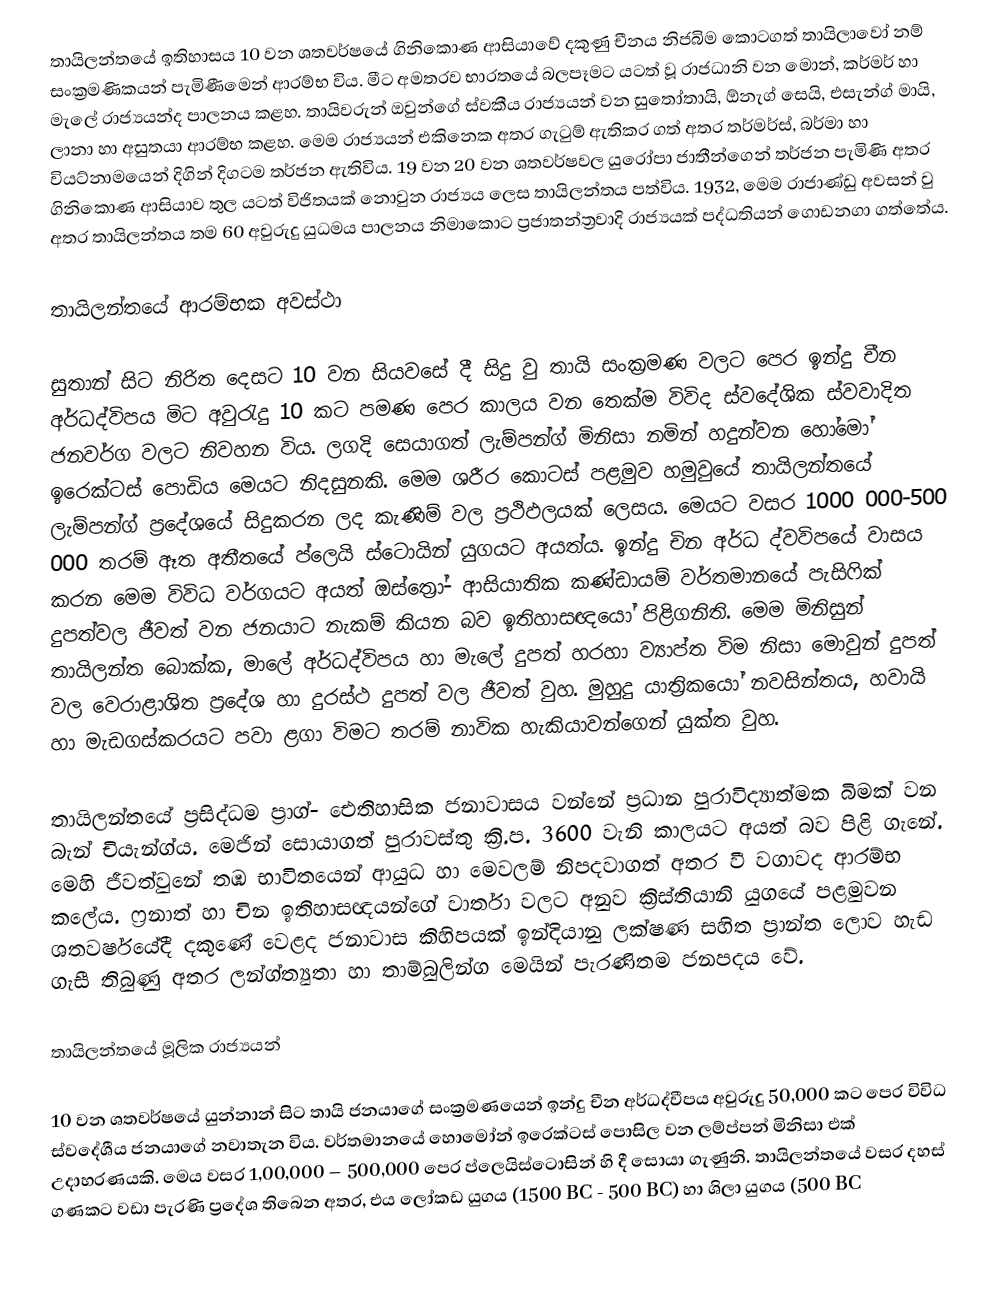
තායිලන්තයේ ඉතිහාසය 10 වන ශතවර්ෂයේ ගිනිකොණ ආසියාවේ දකුණු චීනය නිජබිම කොටගත් තායි‍ලාවෝ නම් සංක්‍රමණිකයන් පැමිණීමෙන් ආරම්භ විය. මීට අමතරව භාරතයේ බලපෑමට  යටත් වූ රාජධානි වන මොන්, කර්මර් හා මැලේ රාජ්‍යයන්ද පාලනය කළහ. තායිවරුන් ඔවුන්ගේ ස්වකීය රාජ්‍යයන් වන සුතෝතායි, ඕනැග් සෙයි, එසැන්ග් මායි, ලානා  හා අසුතයා ආරම්භ කළහ. මෙම රාජ්‍යයන් එකිනෙක අතර ගැටුම් ඇතිකර ගත් අතර තර්මර්ස්, බර්මා හා වියට්නාමයෙන් දිගින් දිගටම තර්ජන ඇතිවිය. 19 වන 20 වන ශතවර්ෂවල යුරෝපා ජාතීන්ගෙන් තර්ජන පැමිණි අතර ගිනිකොණ ආසියාව තුල යටත් විජිතයක්  නොවුන රාජ්‍යය ලෙස තායිලන්තය පත්විය. 1932, මෙම රාජාණ්ඩු අවසන් වු අතර තායිලන්තය තම 60 අවුරුදු යුධමය පාලනය නිමාකොට ප්‍රජාතන්ත්‍රවාදි රාජ්‍යයක් පද්ධතියන් ගොඩනගා ගත්තේය.

තායිලන්තයේ ආරම්භක අවස්ථා

සුතාන් සිට නිරිත දෙසට 10 වන සියවසේ දී සිදු වු තායි සංක්‍රමණ වලට පෙර ඉන්දු චීන අර්ධද්විපය මිට අවුරැදු 10 කට පමණ පෙර කාලය වන තෙක්ම විවිද ස්ව‍‍‍දේශික ස්වවාදිත ජනවර්ග වලට නිවහන විය. ලගදි සෙයාගත් ලැම්පන්‍ග් මිනිසා නමින් හදුන්වන හො‍්මෝ ඉරෙක්ටස් පොඩිය මෙයට නිදසුනකි.  මෙම ශරීර කොටස් පළමුව හමුවුයේ තායිලන්තයේ ලැම්පන්ග් ප්‍රදේශයේ සිදුකරන ලද කැණිම් වල ප්‍රථිඵලයක් ලෙසය. මෙයට ‍වසර 1000 000-500 000 තරම් ඈත අතීතයේ ප්ලෙයි ස්ටොයින් යුගයට අයත්ය. ඉන්දු චින අර්ධ ද්වවිපයේ වාසය කරන මෙම විවිධ වර්ගයට අයත් ඔස්ත්‍රෝ- ආසියාතික කණ්ඩායම් වර්තමානයේ පැසිෆික් දුපත්වල ජීවත් වන ජනයාට නැකම් කියන බව ඉතිහාසඥයෝ පිළිගනිති. මෙම මිනිසුන් තායිලන්ත බොක්ක, මාලේ අර්ධද්විපය හා මැලේ දුපත් හරහා ව්‍යාප්ත විම නිසා මොවුන් දුපත් වල වෙරාළාශිත ප්‍රදේශ හා දුරස්ථ දුපත් වල ජීවත් වුහ. මුහුදු යාත්‍රිකයෝ නවසින්තය, හවායි හා මැඩගස්කරයට පවා ළගා විමට තරම් නාවික හැකියාවන්ගෙන් යුක්ත වුහ.

තායිලන්තයේ ප්‍රසිද්ධම ප්‍රාග්- ඓතිහාසික ජනාවාසය වන්නේ ප්‍රධාන පුරාවිද්‍යාත්මක බිමක් වන බැන් චියැන්ග්ය. මෙජින් සොයාගත් පුරාවස්තු ක්‍රි.ප. 3600 වැනි කාලයට අයත් බව පිළි ගැනේ. මෙහි ජීවත්වුනේ තඹ භාවිතයෙන් ආයුධ හා මෙවලම් නිපදවාගත් අතර වී වගාවද ආරම්භ කලේය. ෆ්‍රනාත් හා චින ඉතිහාසඥයන්ගේ වාර්තා වලට අනුව ක්‍රිස්තියානි යුගයේ පළමුවන ශතවර්ෂයේදී දකුණේ වෙළද ජනාවාස කිහිපයක් ඉන්දියානු ලක්ෂණ සහිත ප්‍රාන්ත ලොව හැඩ ගැසී තිබුණු අතර ලන්ග්ත්‍යුතා හා තාම්බුලින්ග මෙයින් පැරණිතම ජනපදය වේ.

තායිලන්තයේ මූලික රාජ්‍යයන්

10 වන ශතවර්ෂයේ යුන්නාන් සිට තායි ජනයාගේ සංක්‍රමණයෙන් ඉන්දු චීන අර්ධද්වීපය අවුරුදු 50,000 කට පෙර විවිධ ස්වදේශීය ජනයාගේ නවාතැන විය. වර්තමානයේ හොමෝන් ඉරෙක්ටස් පොසිල වන ලම්ප්පන් මිනිසා එක් උදාහරණයකි. මෙය වසර 1,00,000 – 500,000 පෙර ප්ලෙයිස්ටොසින් හි දී සොයා ගැණුනි. තායිලන්තයේ වසර දහස් ගණකට වඩා පැරණි ප්‍රදේශ තිබෙන අතර, එය ලෝකඩ යුගය (1500 BC - 500 BC) හා ශිලා යුගය (500 BC